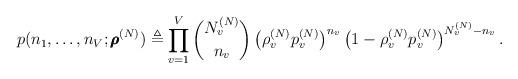
LaTeX: \begin{align*}p(n_1, \ldots, n_V; \pmb{\rho}^{(N)}) \triangleq \prod_{v = 1}^V {N^{(N)}_v \choose n_v} \left(\rho^{(N)}_v p^{(N)}_v \right)^{n_v} \left(1 - \rho^{(N)}_v p^{(N)}_v\right)^{N^{(N)}_v - n_v}.\end{align*}